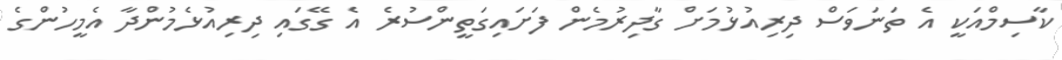
ކާސިމްއަކީ އެ ތަނަވަސް ދިރިއުޅުމަށް ގާދިރުމެން ފަށައިގަތީންސުރެ އެ ގޭގައި ދިރިއުޅެމުންދާ އެމީހުންގެ